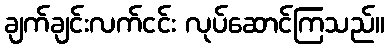
ချက်ချင်းလက်ငင်း လုပ်ဆောင်ကြသည်။